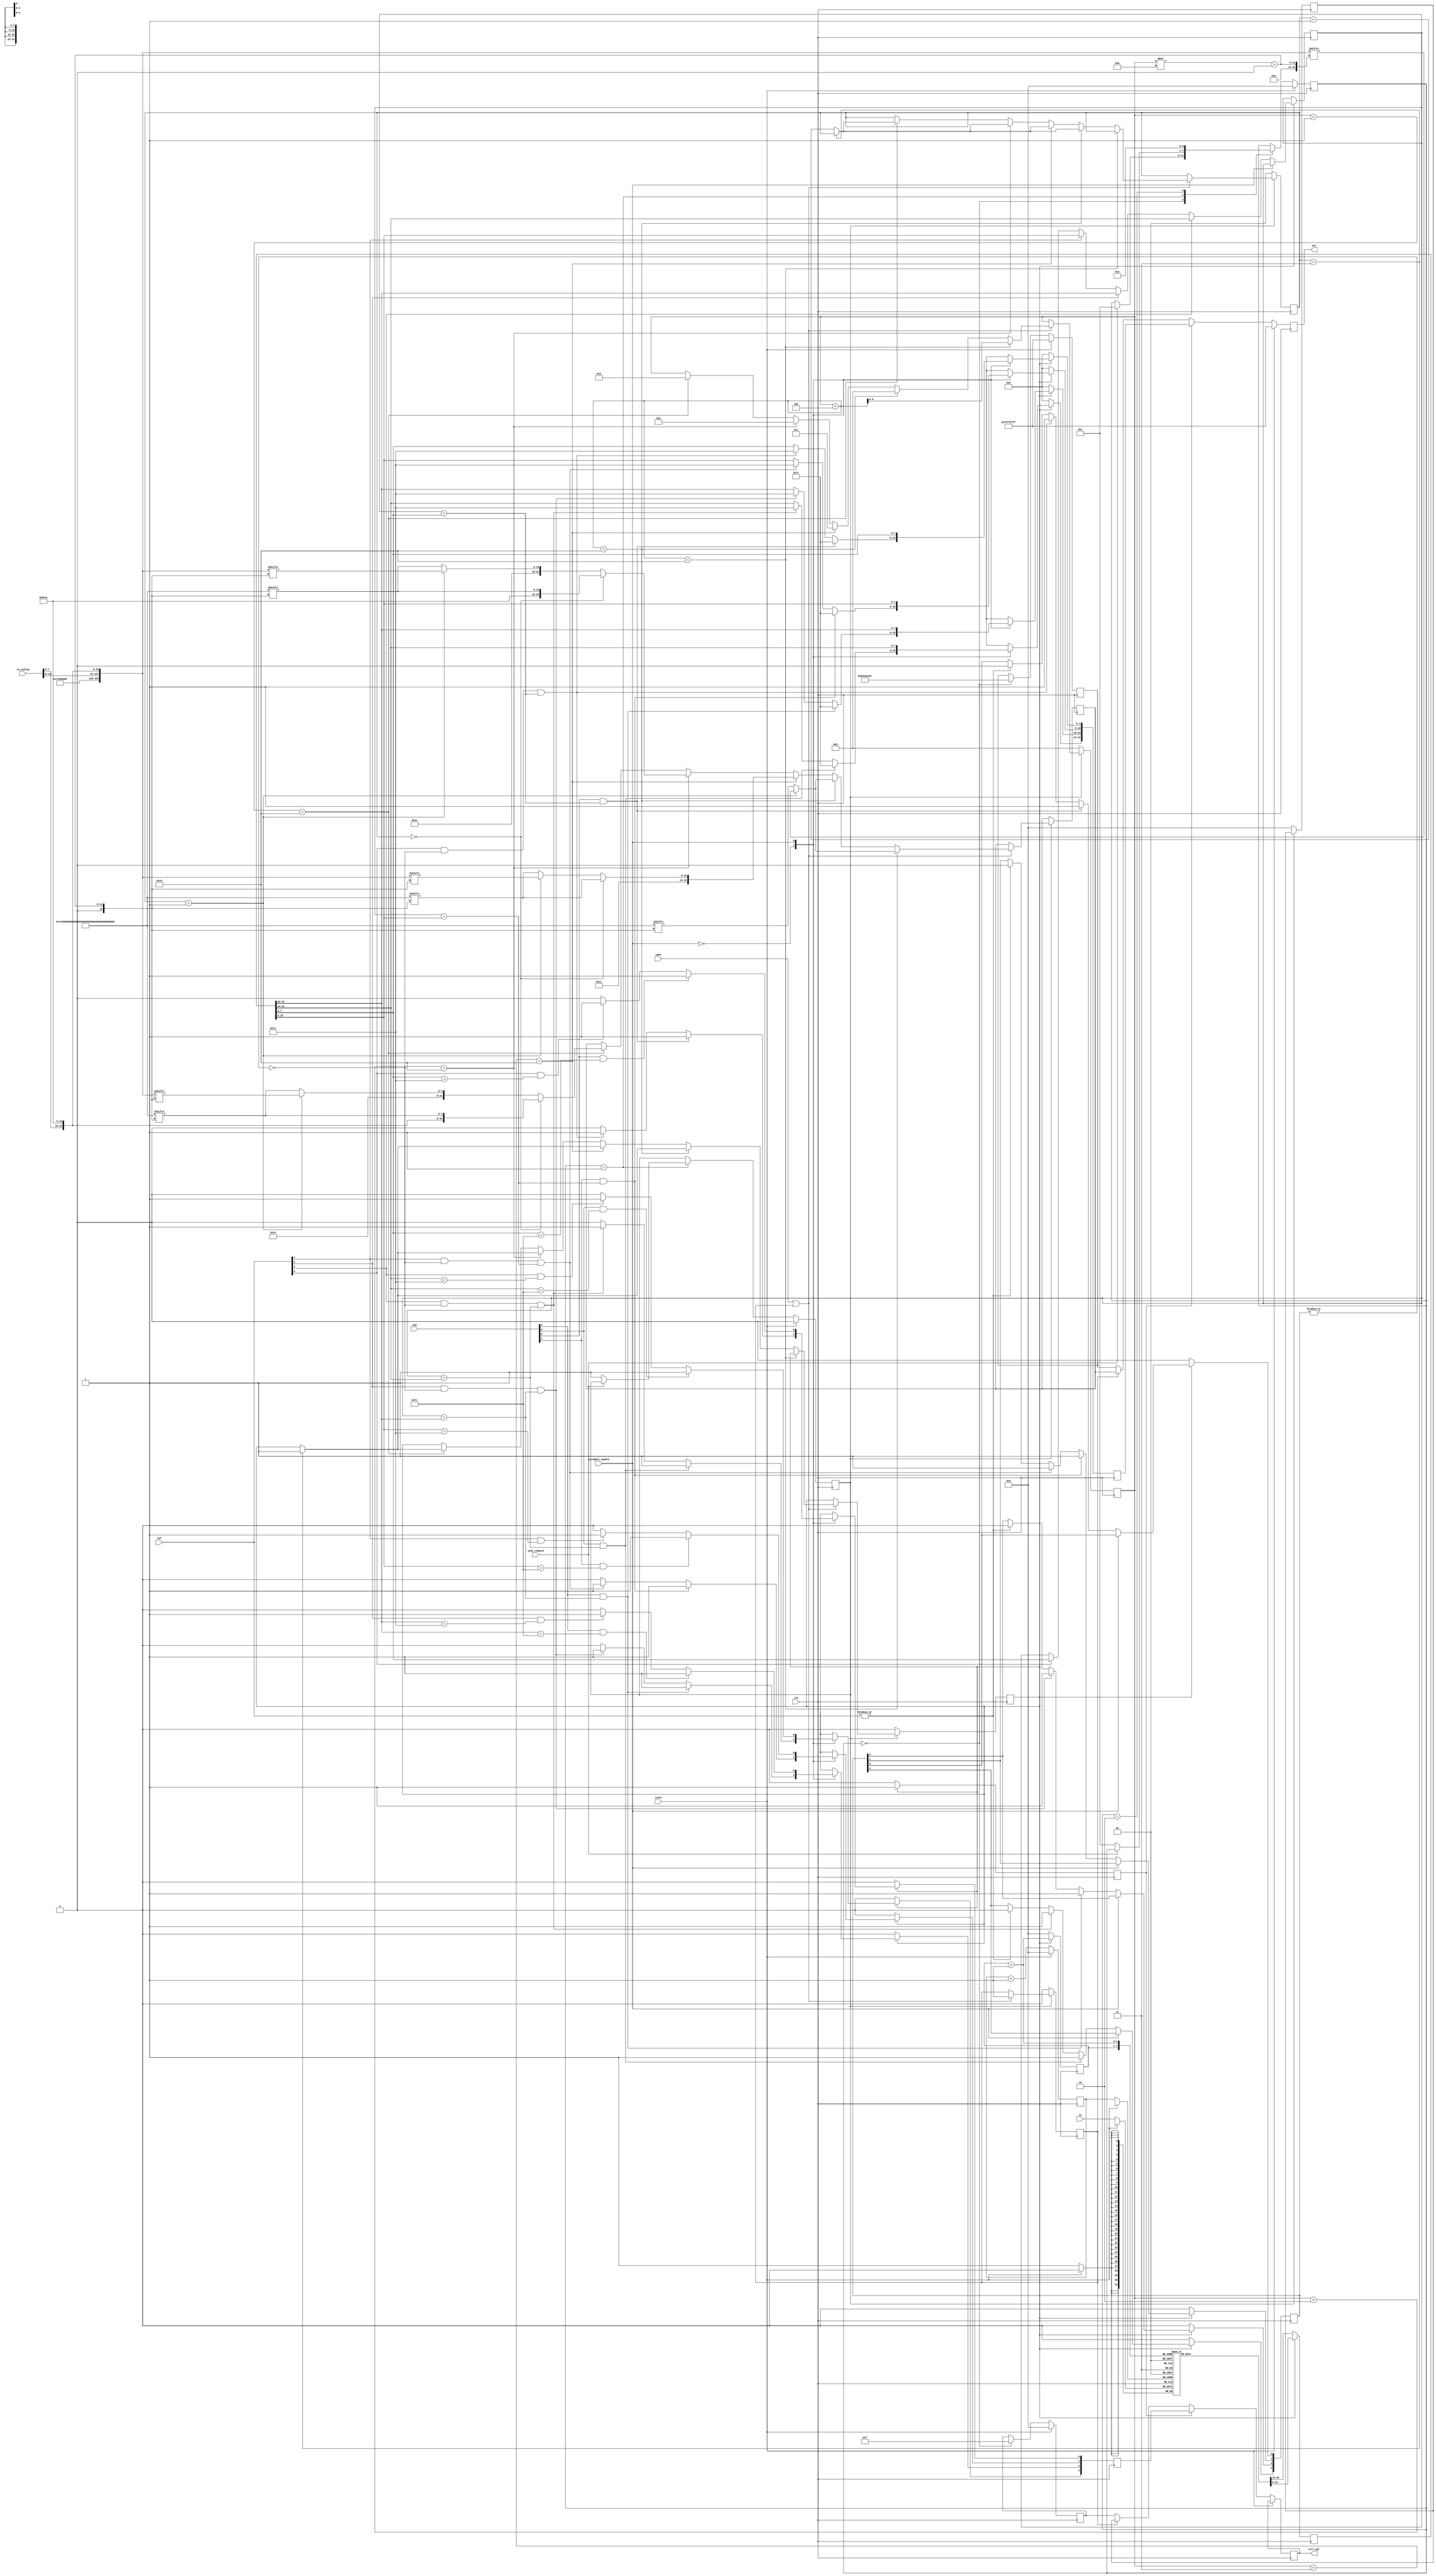
`timescale 1ns / 1ps
//////////////////////////////////////////////////////////////////////////////////
// Company: 
// Engineer: 
// 
// Design Name: 
// Module Name: jesd204b_dl_tx
// Project Name: 
// Target Devices: 
// Tool Versions: 
// Description: 
// 
// Dependencies: 
// 
// Revision:
// Revision 0.01 - File Created
// Additional Comments:
// 
//////////////////////////////////////////////////////////////////////////////////


module jesd204b_dl_tx #(
    parameter LANE_DATA_WIDTH = 32,
    parameter OCTET_PER_SENT = 4,
    parameter OCTETS_PER_FR = 5,
    parameter FRAMES_PER_MF = 4
    )(
    input clk,
    input reset,
    input LMFC,
    input sync_request, 
    input scramble_enable,
    input [3:0] eof,
    input [3:0] eom,
    input [14*8-1:0] in_config,
    input [LANE_DATA_WIDTH-1:0] in,
    output reg [LANE_DATA_WIDTH-1:0] out,
    output reg [LANE_DATA_WIDTH/8-1:0] ctrl_out
    );
    
    localparam OCTETS_PER_MF = OCTETS_PER_FR * FRAMES_PER_MF;
    
    `define RST_T       4'b0000 // Restart state 
    `define CGS_INIT    4'b0001 
    `define CGS_CHECK   4'b0010 
    `define CGS_DATA    4'b0011 
    `define FS_INIT     4'b0100 
    `define FS_DATA     4'b0101 
    `define STATE6      4'b0110 
    `define STATE7      4'b0111 
    `define STATE8      4'b1000 
    `define STATE9      4'b1001 
    
    reg CGS_done = 0;
    reg ILAS_done = 0;
    
    /* State machine for CGS */
    reg [3:0] cgs_cs, cgs_ctrl_out;
    reg [LANE_DATA_WIDTH-1:0] cgs_out;
    always @(posedge clk) begin
        if (reset) begin
            CGS_done <= 0;
            cgs_cs <= `RST_T;
            cgs_out <= {4{8'hff}};
            cgs_ctrl_out <= 4'b0;
        end else begin
            case (cgs_cs)
            `RST_T: begin
                if (sync_request)
                    cgs_cs <= `CGS_INIT;
                    cgs_out <= {4{8'hBC}};
                    cgs_ctrl_out <= 4'b1111;
                end
            `CGS_INIT: begin
                if (~sync_request) begin
                    CGS_done <= 1;
                    cgs_cs <= `CGS_INIT;
                end end
            `CGS_CHECK: begin
                cgs_cs <= `CGS_CHECK;
                end
            endcase
        end
    end
    
    /* Elastic buffer to hold data from ADC, waiting for CGS & ILAS */
    reg [LANE_DATA_WIDTH-1:0] ebuffer [0:15];
    reg [3:0] eindex_in, eindex_out;
    always @(posedge clk) begin
        if (reset) begin
            eindex_in <= 'h0;
        end else begin
            ebuffer[eindex_in] <= in;
            eindex_in <= eindex_in + 1;
        end
    end
    
    /* State machine for ILAS */
    reg [6:0] octet_count;
    reg [3:0] ilas_ctrl_out;
    reg [1:0] mf_count;
    reg ilas_turn;
    reg [LANE_DATA_WIDTH-1:0] ilas_out;
    wire [OCTETS_PER_MF*8-1:0] mf1 = {8'h7c, {(OCTETS_PER_MF-17){8'h00}}, in_config, 8'h9c, 8'h1c};
    wire [OCTETS_PER_MF*8-1:0] mf0 = {8'h7c, {(OCTETS_PER_MF-2){8'h00}}, 8'h1c};
    always @(posedge clk) begin
        if (~CGS_done) begin
            ILAS_done <= 0;
            ilas_turn <= 0;
            octet_count <= 0;
            mf_count <= 0;
            ilas_ctrl_out <= 0;
        end else begin
            if (LMFC || ilas_turn) begin
                ilas_turn <= 1;
                if ((octet_count+4) < OCTETS_PER_MF) begin
                    octet_count <= octet_count+4;
                    if (mf_count == 1)  ilas_out <= mf1[octet_count*8+:32];
                    else                ilas_out <= mf0[octet_count*8+:32];
                end else if ((octet_count+4) == OCTETS_PER_MF) begin
                    octet_count <= 0;
                    if (mf_count == 1)
                        ilas_out <= mf1[octet_count*8+:32];
                    else
                        ilas_out <= mf0[octet_count*8+:32];
                    if (mf_count == 3)
                        ILAS_done <= 1;
                    else
                        mf_count <= mf_count+1;
                end else if ((octet_count+3) == OCTETS_PER_MF) begin
                    octet_count <= 1;
                    if (mf_count == 0)
                        ilas_out <= {mf1[0+:8], mf0[octet_count*8+:24]};
                    else if (mf_count == 1)
                        ilas_out <= {mf0[0+:8], mf1[octet_count*8+:24]};
                    else
                        ilas_out <= {mf0[0+:8], mf0[octet_count*8+:24]};
                    if (mf_count == 3)
                        ILAS_done <= 1;
                    else
                        mf_count <= mf_count+1;
                end else if ((octet_count+2) == OCTETS_PER_MF) begin
                    octet_count <= 2;
                    if (mf_count == 0)
                        ilas_out <= {mf1[0+:16], mf0[octet_count*8+:16]};
                    else if (mf_count == 1)
                        ilas_out <= {mf0[0+:16], mf1[octet_count*8+:16]};
                    else
                        ilas_out <= {mf0[0+:16], mf0[octet_count*8+:16]};
                    if (mf_count == 3)
                        ILAS_done <= 1;
                    else
                        mf_count <= mf_count+1;
                end else if ((octet_count+1) == OCTETS_PER_MF) begin
                    octet_count <= 3;
                    if (mf_count == 0)
                        ilas_out <= {mf1[0+:24], mf0[octet_count*8+:8]};
                    else if (mf_count == 1)                
                        ilas_out <= {mf0[0+:24], mf1[octet_count*8+:8]};
                    else
                        ilas_out <= {mf0[0+:24], mf0[octet_count*8+:8]};
                    if (mf_count == 3)
                        ILAS_done <= 1;
                    else
                        mf_count <= mf_count+1;
                end
            end
        end
    end
    
    /* State machine for User Data and Frame/Lane Alignment */
    reg [7:0] data_prev_AF;
    reg [4:0] octet_count_fr;
    reg [3:0] ud_ctrl_out, last_one_replaced;
    reg [LANE_DATA_WIDTH-1:0] ud_out, next_ud_out;
    reg ud_turn, two_rp, four_rp;
    integer i;
    always @(posedge clk) begin
        if (~ILAS_done) begin
            ud_turn <= 0;
            ud_out <= 0;
            ud_ctrl_out <= 0;
            eindex_out <= 0;
            octet_count_fr <= 0;
            last_one_replaced <= 0;
            two_rp <= 0;
            four_rp <= 1;
            next_ud_out <= ebuffer[eindex_out];
        end else begin
            ud_turn <= 1;
            // SCRAMBLING MODE: OFFFFFFFFFFFFFFFFFFFFFFFFFFFFFFFFFFFFFFFFFFFFFFFFFFFFFFFF
            case (scramble_enable)
            'b0: begin
                if (OCTETS_PER_FR == 2) begin
                    for (i = 0; i < 4; i = i + 1) begin
                        if (eom[i] && (data_prev_AF == next_ud_out[i*8+:8])) begin
                            ud_out[i*8+:8] <= 8'h7C;
                            ud_ctrl_out[i] <= 1;
                            if (i == 1) begin
                                {two_rp, four_rp} <= 2'b10;
                            end else begin
                                {two_rp, four_rp} <= 2'b01;
                            end
                        end else if (eof[i] && ~(eom[1] && (data_prev_AF == next_ud_out[15:8]))) begin
                            if (two_rp) begin
                                if (data_prev_AF == next_ud_out[15:8]) begin
                                    if (i == 1) begin
                                        ud_out[i*8+:8] <= 8'hFC;
                                        ud_ctrl_out[i] <= 1;
                                        {two_rp, four_rp} <= 2'b10;
                                    end else begin
                                        ud_out[i*8+:8] <= next_ud_out[i*8+:8];
                                        ud_ctrl_out[i] <= 0;
                                    end
                                end else if (data_prev_AF != next_ud_out[15:8]) begin
                                    if (i == 1) begin
                                        ud_out[i*8+:8] <= next_ud_out[i*8+:8];
                                        ud_ctrl_out[i] <= 0;
                                    end else begin
                                        if (next_ud_out[31:24] == next_ud_out[15:8]) begin
                                            ud_out[i*8+:8] <= 8'hFC;
                                            ud_ctrl_out[i] <= 1;
                                            {two_rp, four_rp} <= 2'b01;
                                        end else begin
                                            ud_out[i*8+:8] <= next_ud_out[i*8+:8];
                                            ud_ctrl_out[i] <= 0;
                                        end
                                    end
                                end
                            end else if (four_rp) begin
                                if (i == 1) begin
                                    ud_out[i*8+:8] <= next_ud_out[i*8+:8];
                                    ud_ctrl_out[i] <= 0;
                                end else if (next_ud_out[31:24] == next_ud_out[15:8]) begin
                                    ud_out[i*8+:8] <= 8'hFC;
                                    ud_ctrl_out[i] <= 1;
                                end else begin
                                    ud_out[i*8+:8] <= next_ud_out[i*8+:8];
                                    ud_ctrl_out[i] <= 0;
                                end
                            end
                        end else begin
                            ud_out[i*8+:8] <= next_ud_out[i*8+:8];
                            ud_ctrl_out[i] <= 0;
                        end
                        // save the octet of previous frame
                        data_prev_AF <= next_ud_out[31:24];
                    end
                end else if (OCTETS_PER_FR == 3) begin
                    for (i = 0; i < 4; i = i + 1) begin
                        if (eom[i]) begin
                            if ((i !== 3) && (data_prev_AF == next_ud_out[i*8+:8])) begin
                                ud_out[i*8+:8] <= 8'h7C;
                                ud_ctrl_out[i] <= 1;
                                last_one_replaced[i] <= 1;
                            end else if ((i == 3) && (next_ud_out[31:24] == next_ud_out[7:0])) begin
                                ud_out[i*8+:8] <= 8'h7C;
                                ud_ctrl_out[i] <= 1;
                                last_one_replaced[i] <= 1;
                            end else begin
                                ud_out[i*8+:8] <= next_ud_out[i*8+:8];
                                ud_ctrl_out[i] <= 0;
                                last_one_replaced[i] <= 1'b0;
                            end
                        end else if (eof[i] && ~(eom[0] && (data_prev_AF == next_ud_out[7:0]))) begin
                            if ((i == 3) && (next_ud_out[31:24] == next_ud_out[7:0])) begin
                                if ((next_ud_out[7:0] == data_prev_AF) && ~(|last_one_replaced)) begin
                                    ud_out[i*8+:8] <= next_ud_out[i*8+:8];
                                    ud_ctrl_out[i] <= 0;
                                    last_one_replaced[i] <= 1'b0;
                                end else begin
                                    ud_out[i*8+:8] <= 8'hFC;
                                    ud_ctrl_out[i] <= 1;
                                    last_one_replaced[i] <= 1'b1;
                                end
                            end else if ((i !== 3) && ~(|last_one_replaced[3:1]) && (data_prev_AF == next_ud_out[i*8+:8])) begin
                                ud_out[i*8+:8] <= 8'hFC;
                                ud_ctrl_out[i] <= 1;
                                last_one_replaced[i] <= 1'b1;
                            end else begin
                                ud_out[i*8+:8] <= next_ud_out[i*8+:8];
                                ud_ctrl_out[i] <= 0;
                                last_one_replaced[i] <= 1'b0;
                            end
                        end else begin
                            ud_out[i*8+:8] <= next_ud_out[i*8+:8];
                            ud_ctrl_out[i] <= 0;
                            last_one_replaced[i] <= 1'b0;
                        end
                        // save the octet of previous frame
                        if (eof[i] && (i !== 0))
                            data_prev_AF <= next_ud_out[i*8+:8];
                    end
                end else if (OCTETS_PER_FR >= 4) begin
                    for (i = 0; i < 4; i = i + 1) begin
                        if (eom[i] && (data_prev_AF == next_ud_out[i*8+:8])) begin
                            ud_out[i*8+:8] <= 8'h7C;
                            ud_ctrl_out[i] <= 1;
                            last_one_replaced[i] <= 1'b1;
                        end else if (eof[i] && ~(|last_one_replaced) && (data_prev_AF == next_ud_out[i*8+:8])) begin
                            ud_out[i*8+:8] <= 8'hFC;
                            ud_ctrl_out[i] <= 1;
                            last_one_replaced[i] <= 1'b1;
                        end else if (~(|eof)) begin
                            ud_out[i*8+:8] <= next_ud_out[i*8+:8];
                            ud_ctrl_out[i] <= 0;
                            last_one_replaced[i] <= last_one_replaced[i];
                        end else begin
                            ud_out[i*8+:8] <= next_ud_out[i*8+:8];
                            ud_ctrl_out[i] <= 0;
                            last_one_replaced[i] <= 1'b0;
                        end
                        // save the octet of previous frame
                        if (eof[i])
                            data_prev_AF <= next_ud_out[i*8+:8];
                    end
                end
            end
            // SCRAMBLING MODE: ONNNNNNNNNNNNNNNNNNNNNNNNNNNNNNNNNNNNNNNNNNNNNNNNNNNNNNNN
            'b1: begin
                ud_out <= next_ud_out;
                for (i = 0; i < 4; i = i + 1) begin
                    if (eom[i] && (next_ud_out[i*8+:8] == 'h7C))
                        ud_ctrl_out[i] <= 1;
                    else if (eof[i] && (next_ud_out[i*8+:8] == 'hFC))
                        ud_ctrl_out[i] <= 1;
                    else
                        ud_ctrl_out[i] <= 0;
                end
            end
            endcase
            // Do this no matter the mode or case
            eindex_out <= eindex_out + 1;
            next_ud_out <= ebuffer[eindex_out+1];
            // Increment the octet counter or reset it
            if (octet_count_fr == (OCTETS_PER_MF-4))
                octet_count_fr <= 0;
            else 
                octet_count_fr <= octet_count_fr + 4;
        end
    end
    
    /* Output assignment */
    always @(posedge clk) begin
        if (reset) begin
            out <= {4{8'hFF}};
        end else begin
            if (ud_turn) begin          out <= ud_out;   ctrl_out <= ud_ctrl_out;    end
            else if (ilas_turn) begin   out <= ilas_out; ctrl_out <= ilas_ctrl_out;  end
            else begin                  out <= cgs_out;  ctrl_out <= cgs_ctrl_out;   end
        end
    end
endmodule